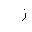
Letter: _zay